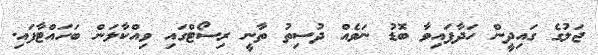
ޖަލުގެ ގައިދީން ހަދާފައިވާ ބޮޑު ނަވެއް ދުސިތު ތާނީ ރިސޯޓްގައި ވިއްކާލަން ބަހައްޓާފައި.